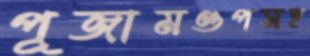
পূজামণ্ডপসহ